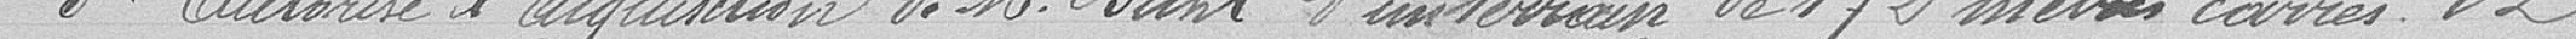
3° Autorise l'acquisition de Monsieur Buhl d'un terrain de 172 mètres carrés 82